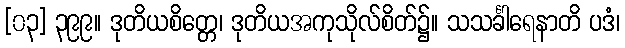
[၀၃] ၃၉၉။ ဒုတိယစိတ္တေ၊ ဒုတိယအကုသိုလ်စိတ်၌။ သသင်္ခါရေနာတိ ပဒံ၊